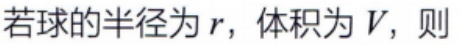
若球的半径为\(r\)，体积为\(V\)，则